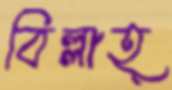
বিল্লাহ্